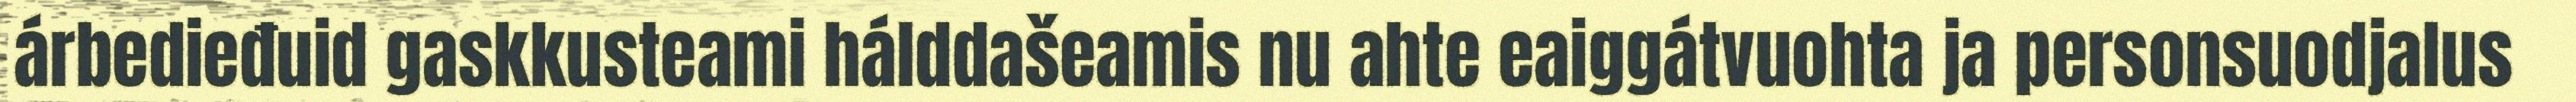
árbedieđuid gaskkusteami hálddašeamis nu ahte eaiggátvuohta ja personsuodjalus